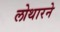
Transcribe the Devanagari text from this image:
लोथारने